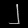
Digit: ၂